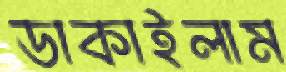
ডাকাইলাম